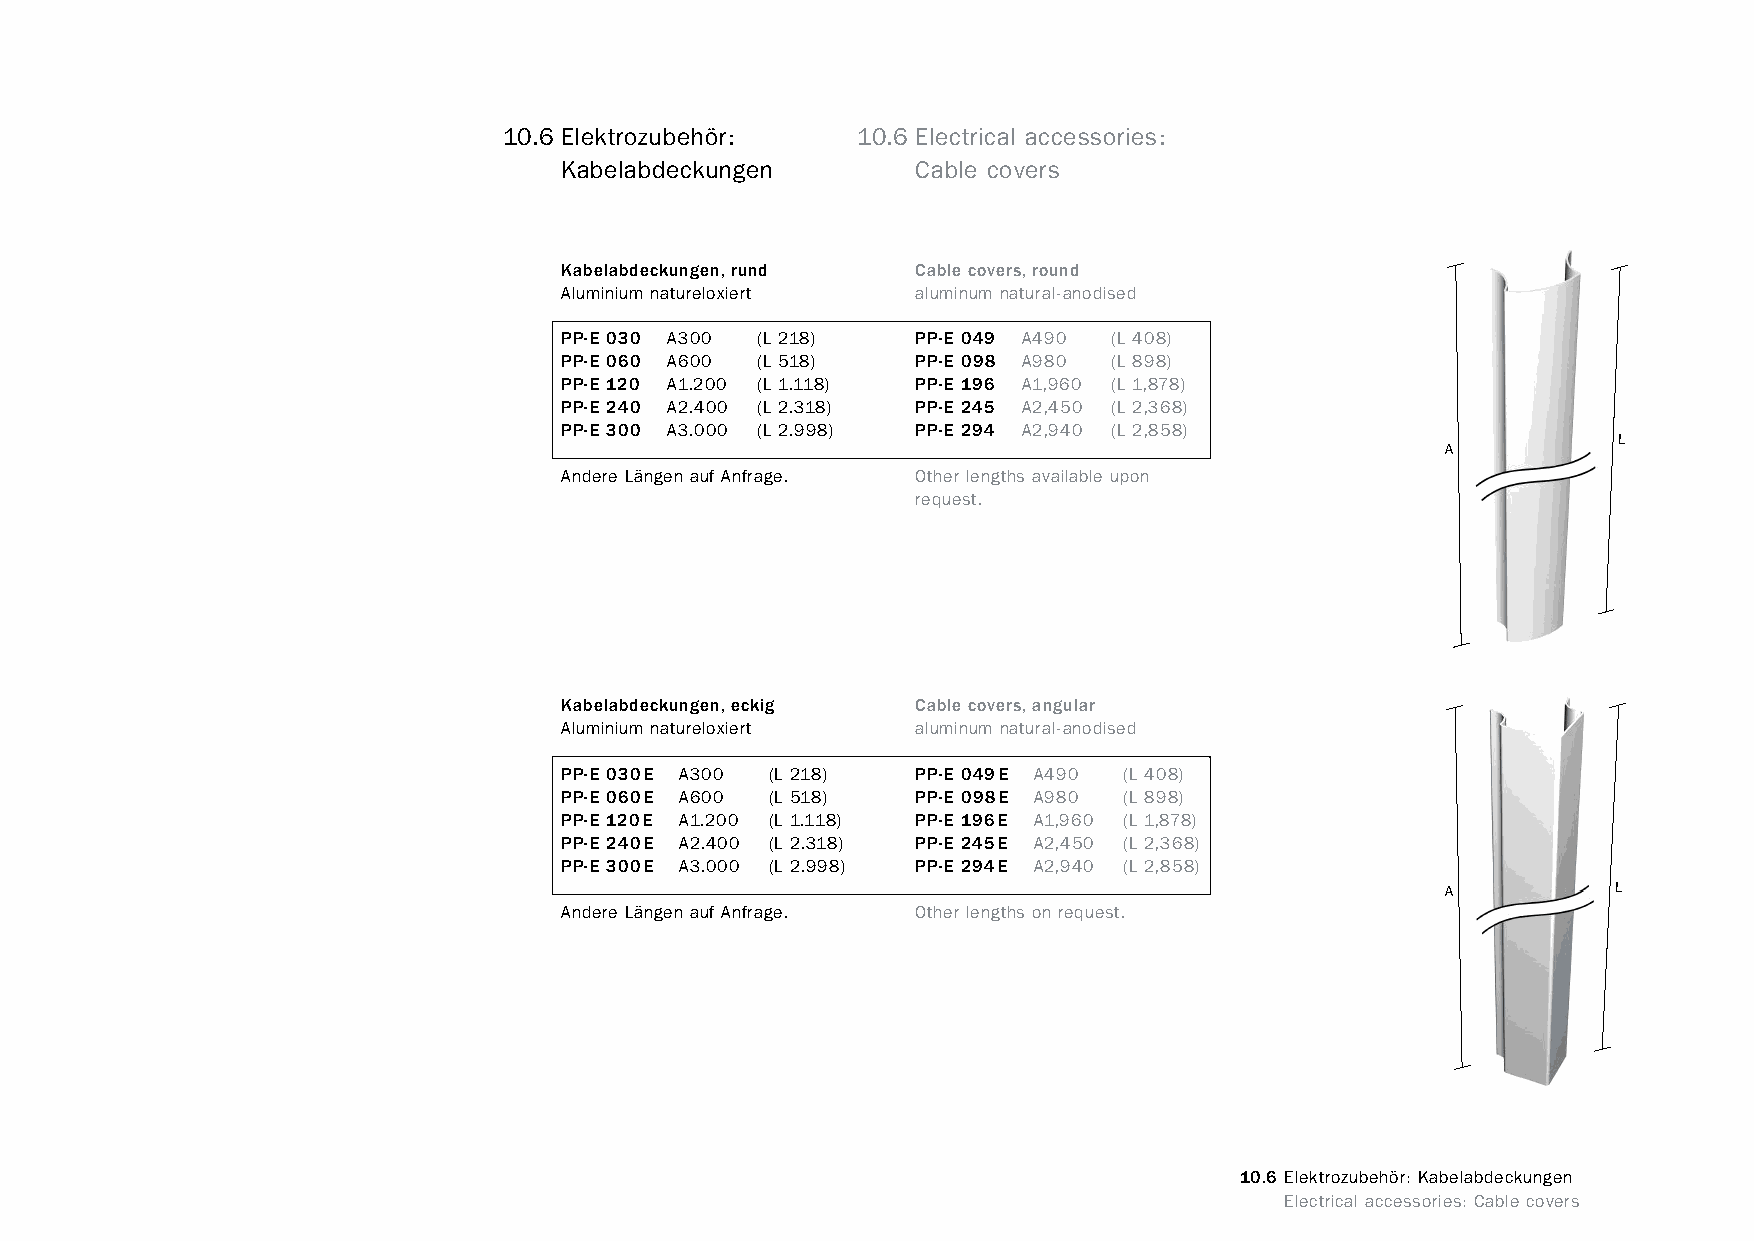
constructivpila petite       10.6 Elektrozubehör:    10.6 Electrical accessories:
 Kabelabdeckungen        Cable covers
 Kabelabdeckungen, rund  Cable covers, round
 Aluminium natureloxiert aluminum natural-anodised
 PP-E 030 A300 (L 218)   PP-E 049 A490 (L 408)
 PP-E 060 A600 (L 518)   PP-E 098 A980 (L 898)
 PP-E 120 A1.200 (L 1.118) PP-E 196 A1,960 (L 1,878)
 PP-E 240 A2.400 (L 2.318) PP-E 245 A2,450 (L 2,368)
 PP-E 300 A3.000 (L 2.998) PP-E 294 A2,940 (L 2,858)
 L
 A
 Andere Längen auf Anfrage. Other lengths available upon
 request.
 Kabelabdeckungen, eckig Cable covers, angular
 Aluminium natureloxiert aluminum natural-anodised
 PP-E 030E A300 (L 218)  PP-E 049E A490 (L 408)
 PP-E 060E A600 (L 518)  PP-E 098E A980 (L 898)
 PP-E 120E A1.200 (L 1.118) PP-E 196E A1,960 (L 1,878)
 PP-E 240E A2.400 (L 2.318) PP-E 245E A2,450 (L 2,368)
 PP-E 300E A3.000 (L 2.998) PP-E 294E A2,940 (L 2,858)
 A          L
 Andere Längen auf Anfrage. Other lengths on request.
 10.6 Elektrozubehör: Kabelabdeckungen
 www.burkhardtleitner.de                                                          Electrical accessories: Cable covers